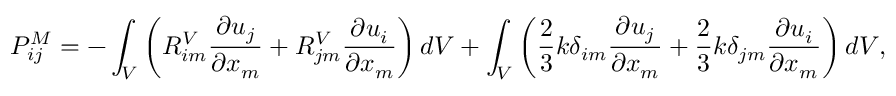
P _ { i j } ^ { M } = - \int _ { V } \left( R _ { i m } ^ { V } \frac { \partial u _ { j } } { \partial x _ { m } } + R _ { j m } ^ { V } \frac { \partial u _ { i } } { \partial x _ { m } } \right) d V + \int _ { V } \left( \frac { 2 } { 3 } k \delta _ { i m } \frac { \partial u _ { j } } { \partial x _ { m } } + \frac { 2 } { 3 } k \delta _ { j m } \frac { \partial u _ { i } } { \partial x _ { m } } \right) d V ,